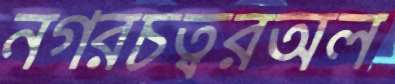
নগরচত্বরঅল